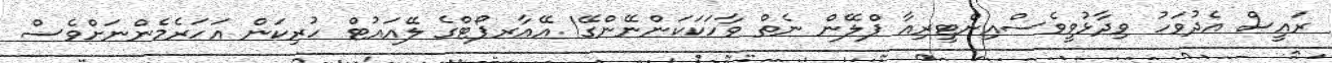
ރައީސް އެދުވަހު ވިދާޅުވީވެސްއިންޓީރިއާ ޕްލޭން ނެތް ވާހަކަކަންނޭންގޭ! އޭއާރޕޯޓްގެ ލޭއައުޓް ހުރިކަން އަހަރެމެންނަށްވެސް